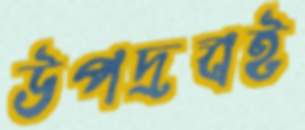
উপদ্রবই